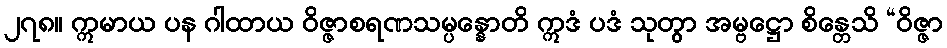
၂၇၈။ ဣမာယ ပန ဂါထာယ ဝိဇ္ဇာစရဏသမ္ပန္နောတိ ဣဒံ ပဒံ သုတွာ အမ္ဗဋ္ဌော စိန္တေသိ “ဝိဇ္ဇာ